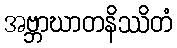
အဗ္ဘာဃာတနိဿိတံ